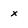
Character: x